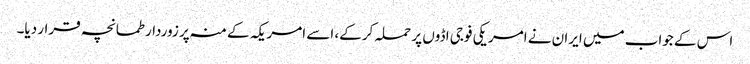
اس کے جواب میں ایران نے امریکی فوجی اڈوں پر حملہ کرکے، اسے امریکہ کے منہ پر زوردار طمانچہ قرار دیا۔